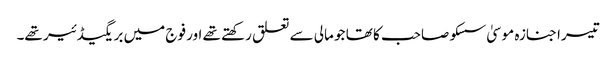
تیسرا جنازہ موسیٰ سسکو صاحب کا تھا جو مالی سے تعلق رکھتے تھے اور فوج میں بریگیڈئیر تھے۔